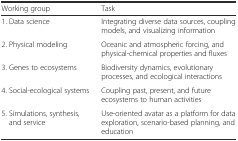
| Working group | Task |
 | --- | --- |
 | 1. Data science | Integrating diverse data sources, coupling models, and visualizing information |
 | 2. Physical modeling | Oceanic and atmospheric forcing, and physical-chemical properties and fluxes |
 | 3. Genes to ecosystems | Biodiversity dynamics, evolutionary processes, and ecological interactions |
 | 4. Social-ecological systems | Coupling past, present, and future ecosystems to human activities |
 | 5. Simulations, synthesis, and service | Use-oriented avatar as a platform for data exploration, scenario-based planning, and education |